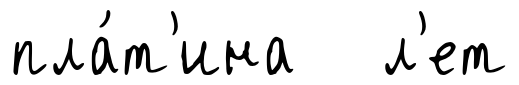
пла́т'ина л'ет